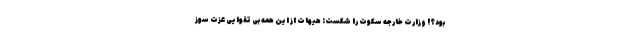
بود؟! وزارت خارجه سکوت را شکست: هیهات از این همه بی تقوایی عزت سوز